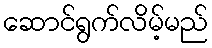
ဆောင်ရွက်လိမ့်မည်